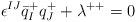
LaTeX: \begin{align*}\epsilon^{IJ}\bar{q}_I^+q_J^++\lambda^{++}=0\end{align*}